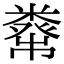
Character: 𥼇